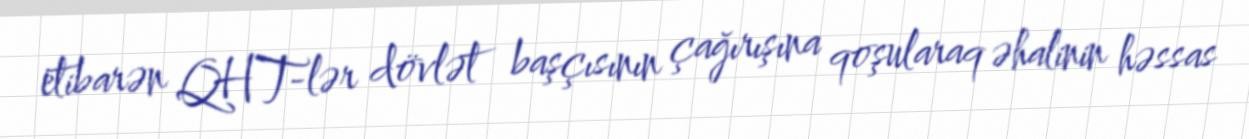
etibarən QHT-lər dövlət başçısının çağırışına qoşularaq əhalinin həssas